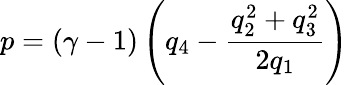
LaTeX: p=\left(\gamma-1\right)\left(q_{4}-\frac{q_{2}^{2}+q_{3}^{2}}{2q_{1}}\right)